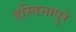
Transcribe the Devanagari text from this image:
हस्तिनापुरे